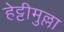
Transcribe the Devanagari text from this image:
हेट्टीमुल्ला